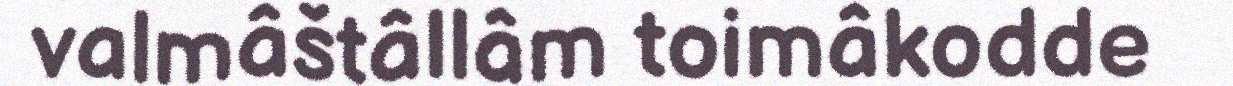
valmâštâllâm toimâkodde